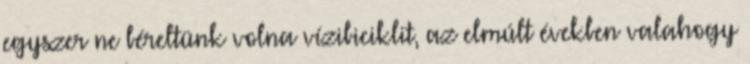
egyszer ne béreltünk volna vízibiciklit, az elmúlt években valahogy